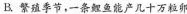
B. 繁殖季节，一条鲤鱼能产几十万粒卯